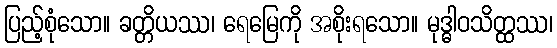
ပြည့်စုံသော။ ခတ္တိယဿ၊ ရေမြေကို အစိုးရသော။ မုဒ္ဓါဝသိတ္ထဿ၊